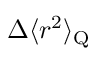
\Delta \langle r ^ { 2 } \rangle _ { \mathrm { Q } }